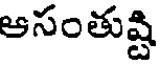
ఆసంతుష్టి